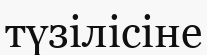
түзілісіне